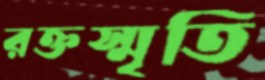
রক্তস্মৃতি